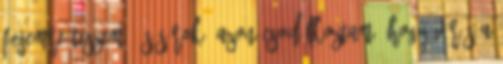
fejemre teszem, és sírok. Azon csodálkoztam, hogy vörös a